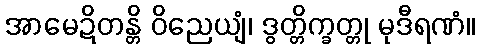
အာမေဍိတန္တိ ဝိညေယျံ၊ ဒွတ္တိက္ခတ္တု မုဒီရဏံ။